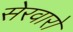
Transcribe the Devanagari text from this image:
सेरवारो